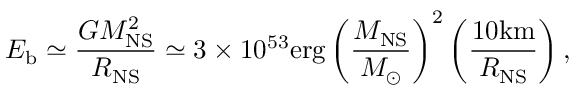
E _ { \mathrm { b } } \simeq \frac { G M _ { \mathrm { N S } } ^ { 2 } } { R _ { \mathrm { N S } } } \simeq 3 \times 1 0 ^ { 5 3 } \mathrm { e r g } \left( \frac { M _ { \mathrm { N S } } } { M _ { \odot } } \right) ^ { 2 } \left( \frac { 1 0 \mathrm { k m } } { R _ { \mathrm { N S } } } \right) ,